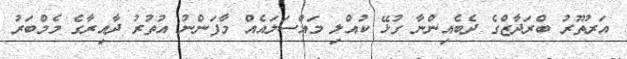
އަރުތޫރު ބްރަދާޒްގެ ދެބެއިންނާ ގުޅޭ ކުއްލި މައްސަލައެއް މާފަންނު އުތުރު ދާއިރާގެ މެމްބަރު